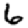
Digit: 6